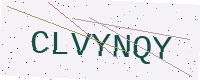
Text: CLVYNQY